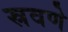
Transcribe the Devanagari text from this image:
स्रवणे